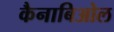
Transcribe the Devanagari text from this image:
कैनाबिओल